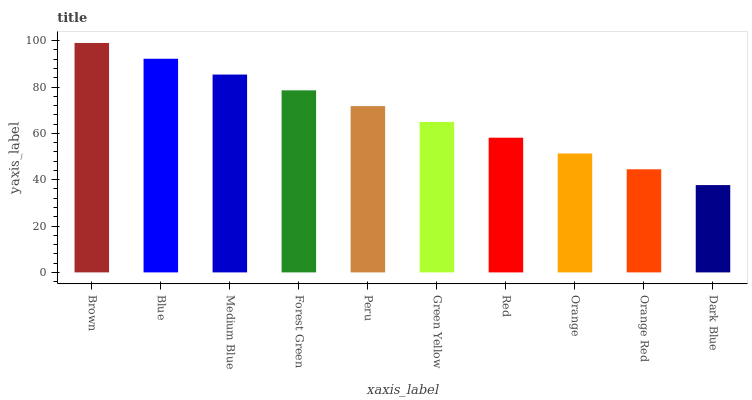
| xaxis_label | bars |
 | --- | --- |
 | Brown | 99 |
 | Blue | 92.2 |
 | Medium Blue | 85.4 |
 | Forest Green | 78.6 |
 | Peru | 71.7 |
 | Green Yellow | 64.9 |
 | Red | 58.1 |
 | Orange | 51.3 |
 | Orange Red | 44.5 |
 | Dark Blue | 37.7 |